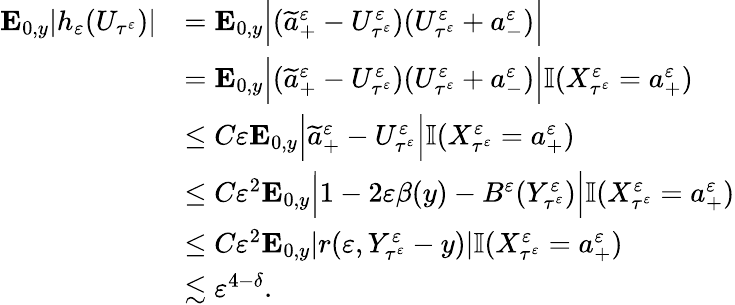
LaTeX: \begin{array}{rl}{\mathbf{E}_{0,y}|h_{\varepsilon}(U_{\tau^{\varepsilon}})|}&{=\mathbf{E}_{0,y}\Big|(\widetilde a_{+}^{\varepsilon}-U_{\tau^{\varepsilon}}^{\varepsilon})(U_{\tau^{\varepsilon}}^{\varepsilon}+a_{-}^{\varepsilon})\Big|}\\ &{=\mathbf{E}_{0,y}\Big|(\widetilde a_{+}^{\varepsilon}-U_{\tau^{\varepsilon}}^{\varepsilon})(U_{\tau^{\varepsilon}}^{\varepsilon}+a_{-}^{\varepsilon})\Big|\mathbb{I}(X_{\tau^{\varepsilon}}^{\varepsilon}=a_{+}^{\varepsilon})}\\ &{\leq C\varepsilon\mathbf{E}_{0,y}\Big|\widetilde a_{+}^{\varepsilon}-U_{\tau^{\varepsilon}}^{\varepsilon}\Big|\mathbb{I}(X_{\tau^{\varepsilon}}^{\varepsilon}=a_{+}^{\varepsilon})}\\ &{\leq C\varepsilon^{2}\mathbf{E}_{0,y}\Big|1-2\varepsilon\beta(y)-B^{\varepsilon}(Y_{\tau^{\varepsilon}}^{\varepsilon})\Big|\mathbb{I}(X_{\tau^{\varepsilon}}^{\varepsilon}=a_{+}^{\varepsilon})}\\ &{\leq C\varepsilon^{2}\mathbf{E}_{0,y}|r(\varepsilon,Y_{\tau^{\varepsilon}}^{\varepsilon}-y)|\mathbb{I}(X_{\tau^{\varepsilon}}^{\varepsilon}=a_{+}^{\varepsilon})}\\ &{\lesssim\varepsilon^{4-\delta}.}\end{array}